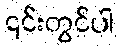
၎င်းတွင်ပါ